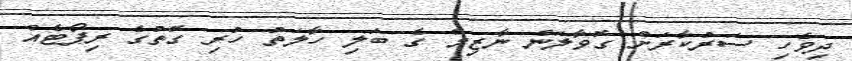
ދިވެހި ސަރުކާރަށް ގޮވާލަން ނާޒިމް ގެ ބަލި ހާލަތު ހުރި ގޮތުގެ ރިޕޯޓެއް